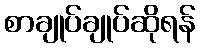
စာချုပ်ချုပ်ဆိုရန်